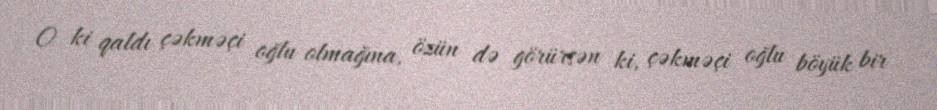
O ki qaldı çəkməçi oğlu olmağına, özün də görürsən ki, çəkməçi oğlu böyük bir